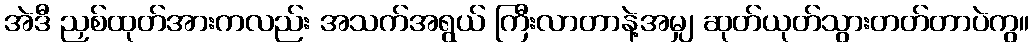
အဲဒီ ညှစ်ထုတ်အားကလည်း အသက်အရွယ် ကြီးလာတာနဲ့အမျှ ဆုတ်ယုတ်သွားတတ်တာပဲကွ။